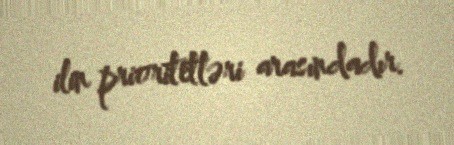
ilin prioritetləri arasındadır.